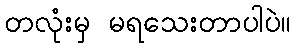
တလုံးမှ မရသေးတာပါပဲ။